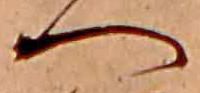
へ